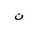
Letter: _non